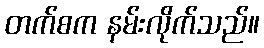
တက်စက နမ်းလိုက်သည်။